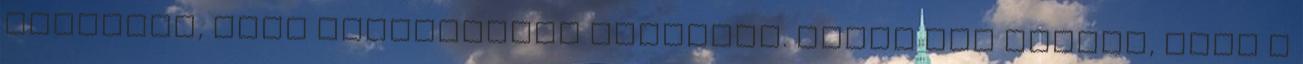
játszott, elég kellemetlen lehetett. Mikor úgy hallom, hogy a